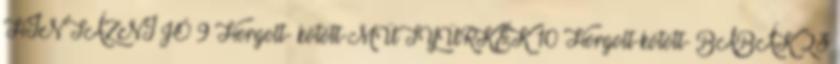
HINTÁZNI JÓ 9 Horgolt- kötött-MÜTYÜRKÉK 10 Horgolt-kötött- BABÁK 23